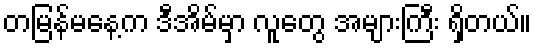
တမြန်မနေ့က ဒီအိမ်မှာ လူတွေ အများကြီး ရှိတယ်။